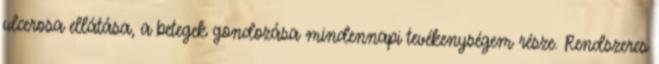
ulcerosa ellátása, a betegek gondozása mindennapi tevékenységem része. Rendszeres